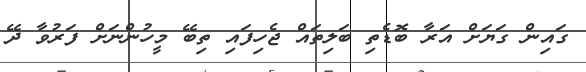
ގައިން ގަޔަށް އަރާ ބޮޑެތި ބަލިތައް ޖެހިފައި ތިބޭ މީހުންނަށް ފަރުވާ ދޭ